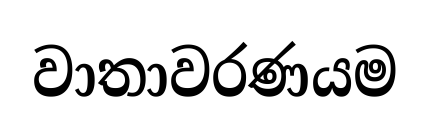
වාතාවරණයම